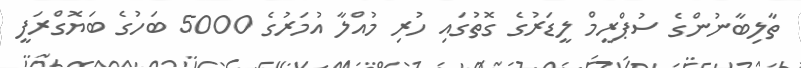
ތާލިބާނުންގެ ސުޕްރީމް ލީޑަރުގެ ގޮތުގައި ހުރި މުއްލާ އުމަރުގެ 5000 ބަހުގެ ބަޔޮގްރަފީ